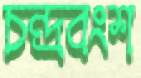
চন্দ্রবংশ